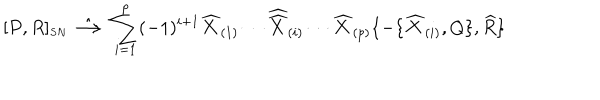
[ P , R ] _ { \scriptscriptstyle S N } \; \hat { \longrightarrow } \; \sum _ { i = 1 } ^ { p } ( - 1 ) ^ { i + 1 } \widehat { X } _ { ( 1 ) } \cdots { \widehat { \widehat X } } _ { ( i ) } \cdots \widehat { X } _ { ( p ) } \{ - \{ \widehat { X } _ { ( i ) } , Q \} , \widehat { R } \}